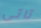
تاتى